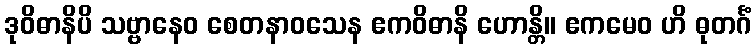
ဒုဝိဓာနိပိ သဗ္ဗာနေဝ စေတနာဝသေန ဧကဝိဓာနိ ဟောန္တိ။ ဧကမေဝ ဟိ ဓုတင်္ဂံ